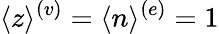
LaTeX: \langle z\rangle^{(v)}=\langle n\rangle^{(e)}=1